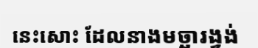
នេះសោះ ដែលនាងមច្ឆារង្វង់